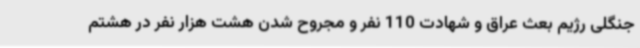
جنگلی رژیم بعث عراق و شهادت 110 نفر و مجروح شدن هشت هزار نفر در هشتم